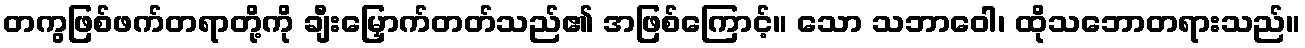
တကွဖြစ်ဖက်တရာတို့ကို ချီးမြှောက်တတ်သည်၏ အဖြစ်ကြောင့်။ သော သဘာဝေါ၊ ထိုသဘောတရားသည်။